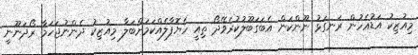
މިއުޒިކު އަޑުއެހުން ރަނގަޅު ނޫންކަން އެބަގަބޫލުކުރެވޭދޯ ތިއީ ހެޔޮފާލެއްކަމަށްބަލާ މިއުޒިކު ދެންނުޖަހަމާ ރޯދަނޫނީ